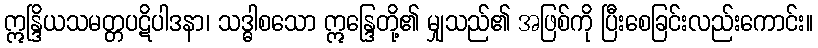
ဣန္ဒြိယသမတ္တပဋိပါဒနာ၊ သဒ္ဓါစသော ဣန္ဒြေတို့၏ မျှသည်၏ အဖြစ်ကို ပြီးစေခြင်းလည်းကောင်း။